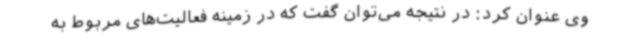
وی عنوان کرد: در نتیجه می‌توان گفت که در زمینه‌ فعالیت‌های مربوط به